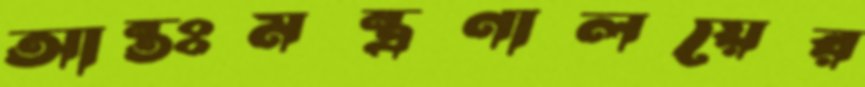
আন্তঃমন্ত্রণালয়ের